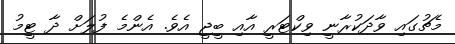
މެޗުގައި ވާދަކުރާނީ ވިކްޓަރީ އާއި ބީޖީ އެވެ. އެންމެ ފުލަށް ދާ ޓީމު